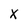
Character: X